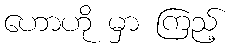
ဟောဟို မှာ ကြည့်